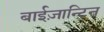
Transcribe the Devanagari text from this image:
बाईज़ान्टिन